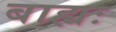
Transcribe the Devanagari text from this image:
बाह्यः